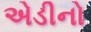
એડીનો